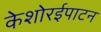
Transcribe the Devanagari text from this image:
केशोरईपाटन